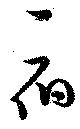
宿